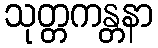
သုတ္တကန္တနာ